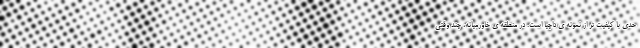
حدی با کیفیت تر از نمونه ی داچیا است. در منطقه ی خاورمیانه، چند وقتی